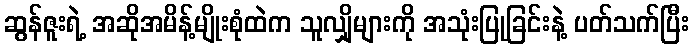
ဆွန်ဇူးရဲ့ အဆိုအမိန့်မျိုးစုံထဲက သူလျှိုများကို အသုံးပြုခြင်းနဲ့ ပတ်သက်ပြီး